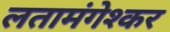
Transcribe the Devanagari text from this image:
लतामंगेश्कर